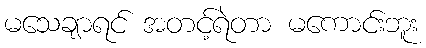
မသေချာရင် အတင့်ရဲတာ မကောင်းဘူး